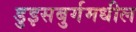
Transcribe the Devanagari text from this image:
डुइसबुर्गमधील